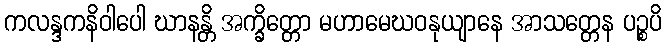
ကလန္ဒကနိဝါပေါ ဃာနန္တိ အက္ခိတ္တော မဟာမေဃဝနုယျာနေ အာသတ္တေန ပဉ္စပိ